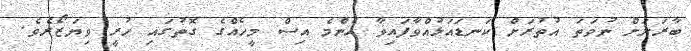
ބާރަށަށް ނުވަތަ އުތުރަށް ކަނޑައަޅުއްވާފައިވާ އެންމެ އިސް މީހެއްގެ ގޮތުގައި ހުރީ ވިޔަޒޯރެވެ.